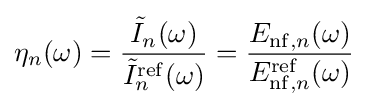
\eta _{n}(\omega )={\frac {{\tilde {I}}_{n}(\omega )}{{\tilde {I}}_{n}^{\rm {ref}}(\omega )}}={\frac {E_{{\rm {nf}},n}(\omega )}{E_{{\rm {nf}},n}^{\rm {ref}}(\omega )}}